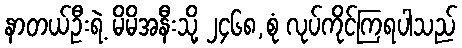
နာတယ်ဦးရဲ့ မိမိအနီးသို့ ၂၄၆၈,စုံ လုပ်ကိုင်ကြရပါသည်